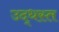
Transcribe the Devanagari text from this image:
उद्‌धस्त